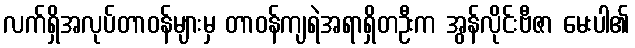
လက်ရှိအလုပ်တာဝန်များမှ တာဝန်ကျရဲအရာရှိတဦးက အွန်လိုင်းဗီဇာ မေးပါ၏